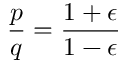
\frac { p } { q } = \frac { 1 + \epsilon } { 1 - \epsilon }